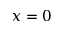
x = 0